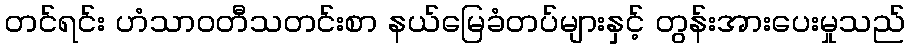
တင်ရင်း ဟံသာဝတီသတင်းစာ နယ်မြေခံတပ်များနှင့် တွန်းအားပေးမှုသည်